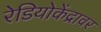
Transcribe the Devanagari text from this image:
रेडियोकेंद्रावर